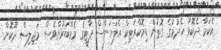
އެކަމާ ދެކޮޅު ހެދުމުގެ ގޮތުން ޑިމޮކްރަޓިކް އެލަޔަންސް ޕާޓީގެ މެމްބަރުންވެސް މަޖިލިސް ދޫކޮށް